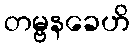
တမ္ဗနခေဟိ